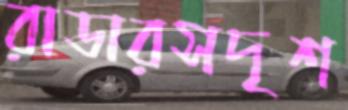
রাডারসদৃশ